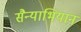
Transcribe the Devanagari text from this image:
सैन्याभियान